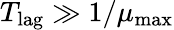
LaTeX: T_{\mathrm{lag}}\gg 1/\mu_{\operatorname*{max}}